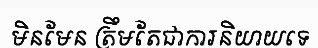
មិនមែន ត្រឹមតែជាការនិយាយទេ